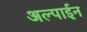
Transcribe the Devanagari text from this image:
अल्पाईन